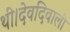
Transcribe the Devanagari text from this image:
थी।देवदिवाली